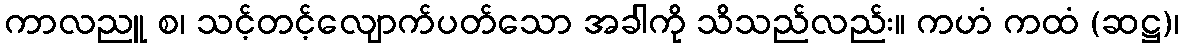
ကာလညူ စ၊ သင့်တင့်လျောက်ပတ်သော အခါကို သိသည်လည်း။ ကဟံ ကထံ (ဆဋ္ဌ)၊